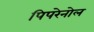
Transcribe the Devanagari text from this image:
पिपरेनोल